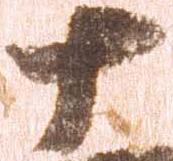
十